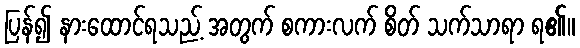
ပြန်၍ နားထောင်ရသည့် အတွက် စကားလက် စိတ် သက်သာရာ ရ၏။